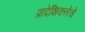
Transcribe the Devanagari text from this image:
प्रादेशिकतेचे